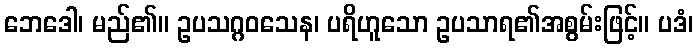
ဘေဒေါ၊ မည်၏။ ဥပသဂ္ဂဝသေန၊ ပရိဟူသော ဥပသာရ၏အစွမ်းဖြင့်။ ပဒံ၊